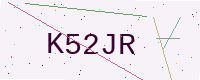
Text: K52JR